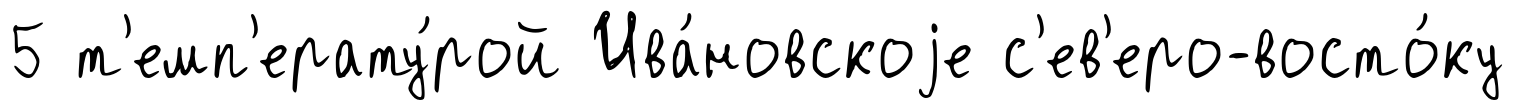
5 т'емп'ерату́рой Ива́новскоjе с'ев'еро-восто́ку